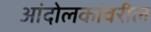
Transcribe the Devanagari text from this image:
आंदोलकांवरील